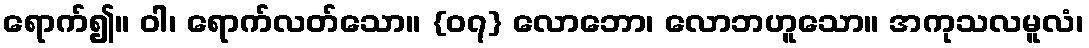
ရောက်၍။ ဝါ၊ ရောက်လတ်သော။ {၀၇} လောဘော၊ လောဘဟူသော။ အကုသလမူလံ၊